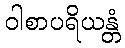
ဝါစာပရိယန္တံ